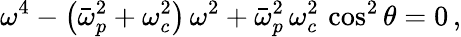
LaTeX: \omega^{4}-\left(\bar{\omega}_{p}^{2}+\omega_{c}^{2}\right)\, \omega^{2}+\bar{\omega}_{p}^{2}\, \omega_{c}^{2}\, \cos^{2}\theta=0\, ,